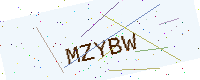
Text: MZYBW